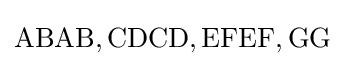
\mathrm {ABAB,CDCD,EFEF,GG}